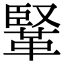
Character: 𩋆